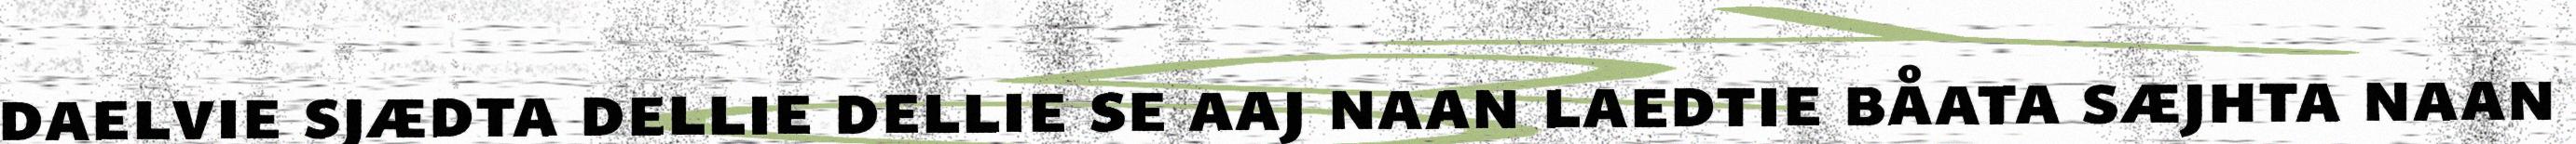
daelvie sjædta dellie dellie se aaj naan laedtie båata sæjhta naan